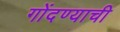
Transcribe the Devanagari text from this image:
गोंदण्याची